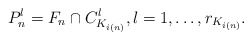
\begin{align*} P_n^l = F_n \cap C_{K_{i(n)}}^l, l = 1, \ldots, r_{K_{i(n)}}. \end{align*}